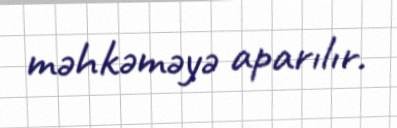
məhkəməyə aparılır.